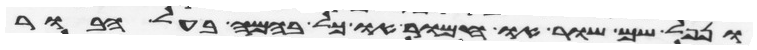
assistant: ונפל שם שור או חמור או כל בהמה בעל הבור